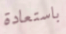
باستعادة